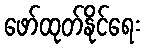
ဖော်ထုတ်နိုင်ရေး